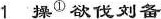
1操^{①}欲伐刘备